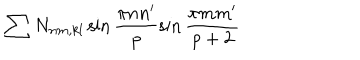
LaTeX: \sum N _ { n m , k l } \sin \frac { \pi n n ^ { \prime } } p \sin \frac { \pi m m ^ { \prime } } { p + 2 }